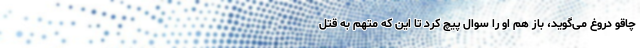
چاقو دروغ می‌گوید، باز هم او را سوال پیچ کرد تا این که متهم به قتل